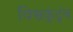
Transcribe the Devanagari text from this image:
विश्वकुंटुंब